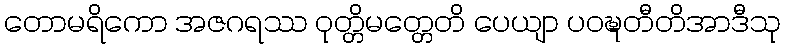
တောမရိကော အဇဂရဿ ဝုတ္တိမတ္တေတိ ပေယျာ ပဝဍ္ဎတီတိအာဒီသု